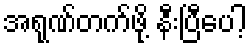
အရုဏ်တက်ဖို့ နီးပြီပေါ့